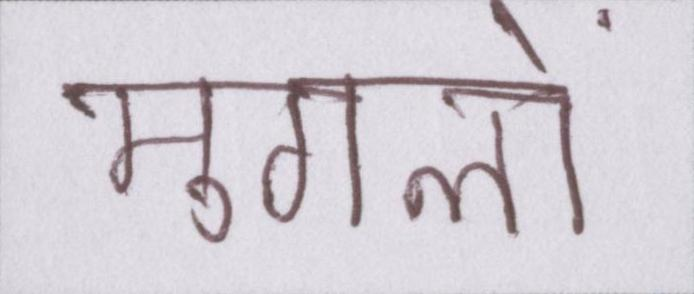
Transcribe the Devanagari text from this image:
मुगलों